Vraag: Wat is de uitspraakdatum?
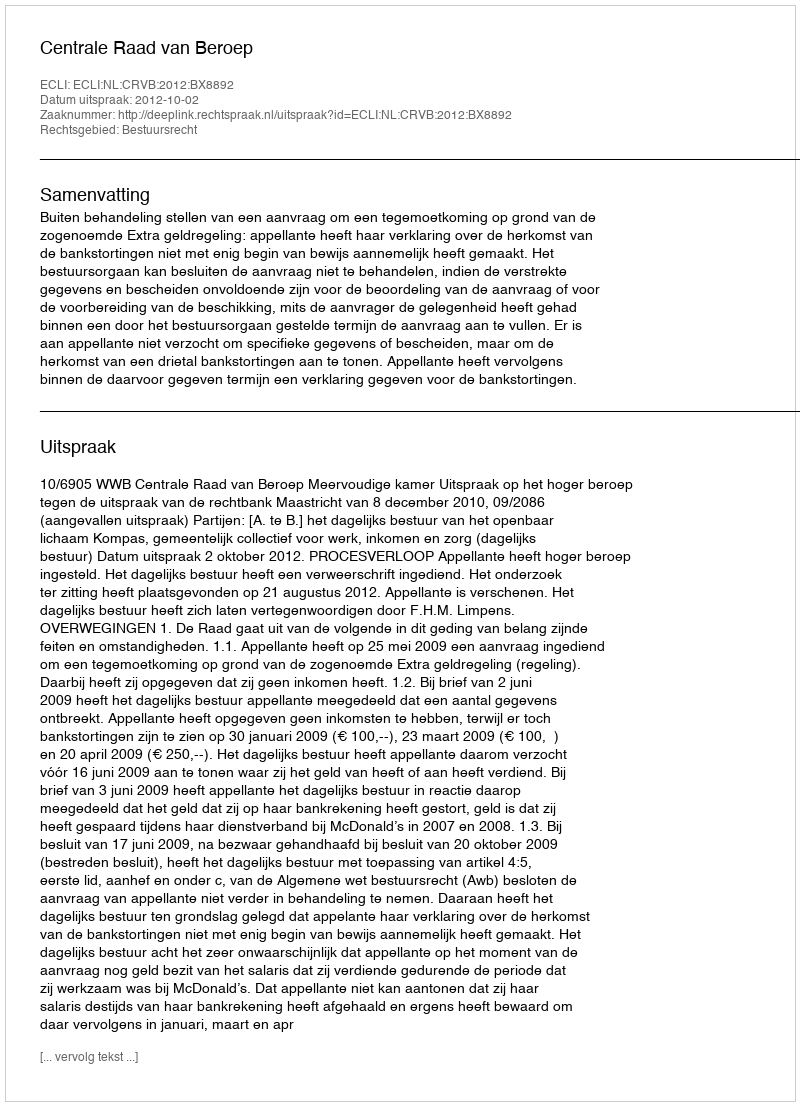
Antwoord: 2012-10-02